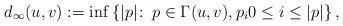
LaTeX: \begin{align*}d_\infty(u,v) := \inf \left\{ |p| \colon\, p \in \Gamma(u,v), p_i 0 \le i \le |p|\right\},\end{align*}